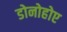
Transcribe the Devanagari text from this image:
डोनोहोए